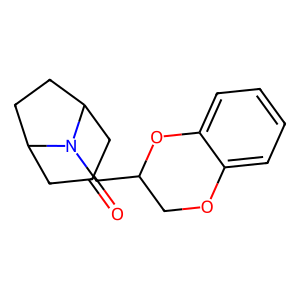
SMILES: O=C1CC2CCC(C1)N2CC1COc2ccccc2O1
Inhibits HIV replication: No